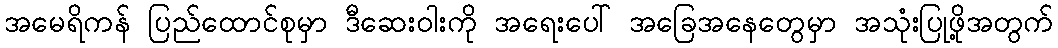
အမေရိကန် ပြည်ထောင်စုမှာ ဒီဆေးဝါးကို အရေးပေါ် အခြေအနေတွေမှာ အသုံးပြုဖို့အတွက်